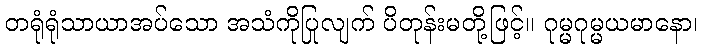
တရုံရုံသာယာအပ်သော အသံကိုပြုလျက် ပိတုန်းမတို့ဖြင့်။ ဂုမ္မဂုမ္မယမာနော၊